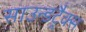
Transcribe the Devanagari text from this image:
साउन्डट्रैक्स